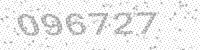
Solution: 096727